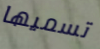
تسميها